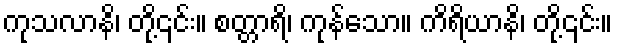
ကုသလာနိ၊ တို့၎င်း။ စတ္တာရိ၊ ကုန်သော။ ကိရိယာနိ၊ တို့၎င်း။